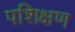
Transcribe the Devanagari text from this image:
पशिक्षण